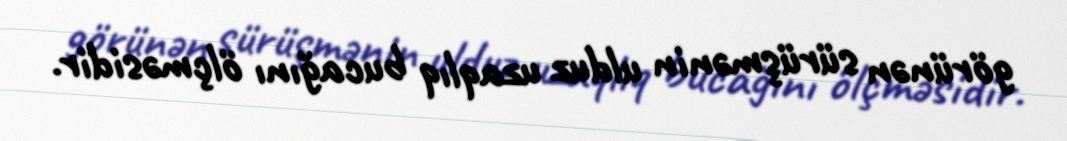
görünən sürüşmənin ulduz uzaqlıq bucağını ölçməsidir.